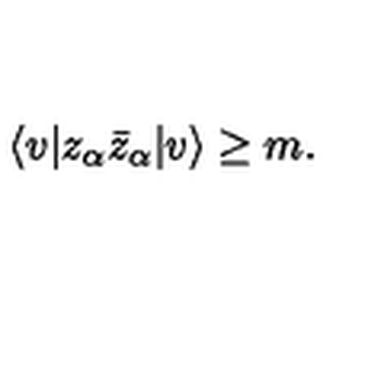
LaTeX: \langle v | z _ { \alpha } \bar { z } _ { \alpha } | v \rangle \geq m .